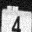
Digit: 4